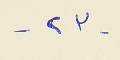
- ٢٣ -